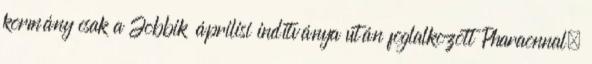
kormány csak a Jobbik áprilisi indítványa után foglalkozott Pharaonnal.